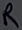
Text: R